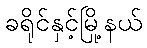
ခရိုင်နှင့်မြို့နယ်